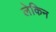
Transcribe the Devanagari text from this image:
लेकिन